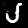
Label: 5